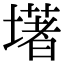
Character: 墸